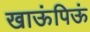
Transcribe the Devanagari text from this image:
खाऊंपिऊं